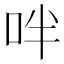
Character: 𠰢